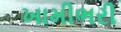
ખામીભરી